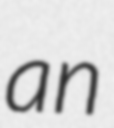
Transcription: an